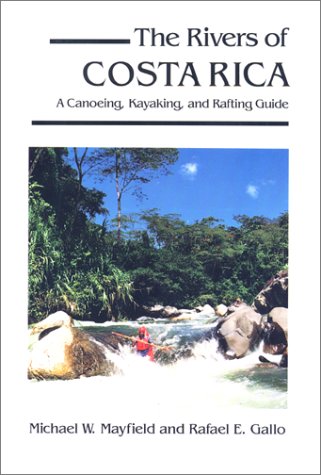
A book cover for The Rivers of Costa Rica: A Canoeing, Kayaking and Rafting Guide; Michael W. Mayfield; Sports & Outdoors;